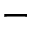
^ -